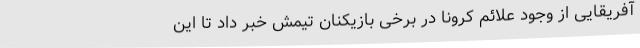
آفریقایی از وجود علائم کرونا در برخی بازیکنان تیمش خبر داد تا این